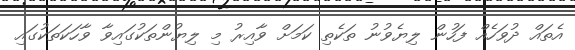
އެތައް ދުވަހެއް ފަހުން ލިޔެވުނު ތަކެތި ކަމަށް ވާއިރު މި ލިޔުންތަކުގައިވާ ވާހަކަތަކުގައި